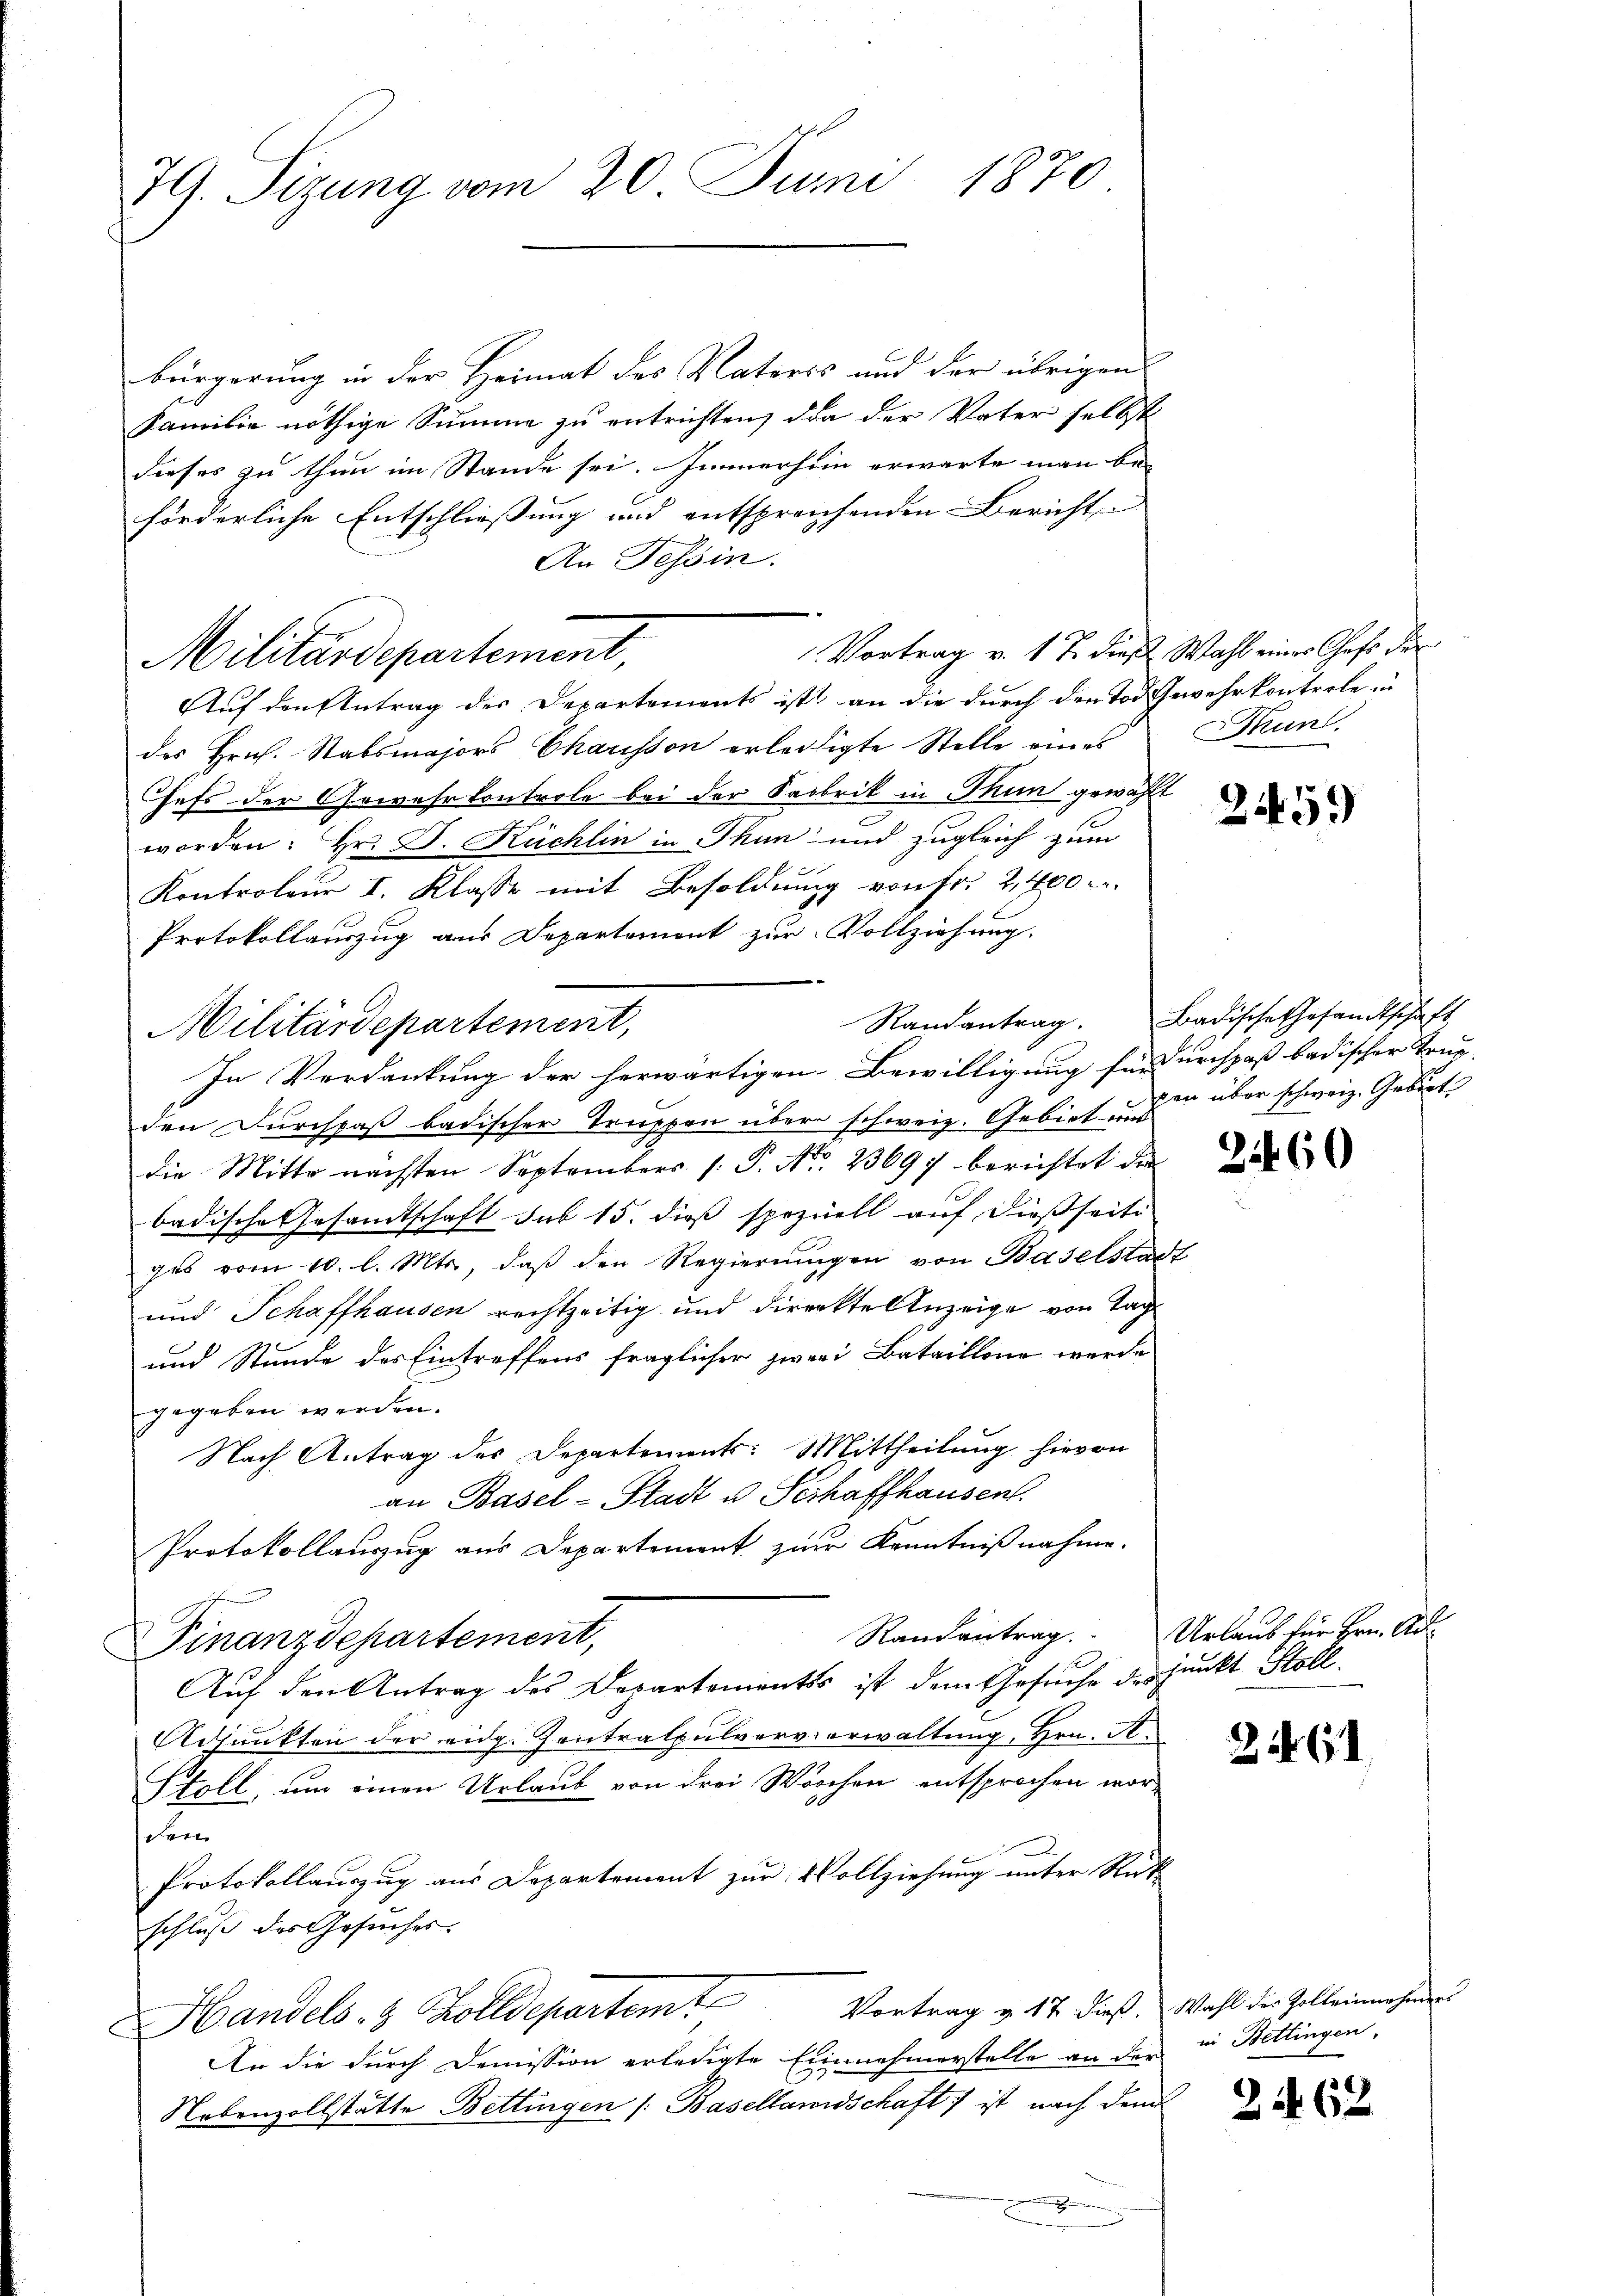
79. Sizung vom 20. Juni 1870

bürgerung in der Heimat des Vateris und der übrigen
Familie nöthige Summe zu entrichten, da der Vater selbst
dieses zu thun im Stande sei. Immerhin erwarte man be-
förderliche Entschließung und entsprechenden Bericht
An Tessin.
Auf den Antrag des Departements ist an die durch den Tod Gewehrkontrole in
des Hrn. Stabsmajors Charisson erledigte Stelle eines Thunl
Chefs der Gewehrkontrole bei der Sabbrik in Thun gewählt
worden: Hr. D. Küchlin in Thun und zugleich zum
l
Kontroleur I. Klasse mit Besoldung von Fr. 2,400
Protokollauszug aus Departement zur Vollziehung.
In Verdankung der herwärtigen Bewilligung für durchpaß badischer Trug-
den Durchpaß badischer Truppen über schweiz. Gebiet und
die Mitte nächsten Septembers /: P. Nr. 23697 berichtet de
badische Gesandtschaft sub 15. dieß speziell auf dießseiti
ges vom 10. l. Mts., daβ den Regierŭngen von Baselstadt
und Schaffhausen rechtzeitig und direckte Anzeige von Tag
und Stunde des Eintreffens fraglicher zwei Bataillone werde
gegeben werden.
Nach Antrag des Departements: Mittheilung hievon
an Basel-Stadt u. Seihaffhausent.
Protokollauszug aus Departement zur Kenntnißnahme.
Randantrag. Urlaub für Hrn. Ad¬
Finanzdepartement,
Auf den Antrag des Departements ist dem Gesuche des junkt Stoll¬
Adjunkten der eidg. Zentralpulververwaltung, Hrn. A.
Stoll, um einen Urlaub von drei Wochen entsprochen worden
Protokollauszug aus Departement zur Vollziehung unter Rück
schluß des Gesuches.
Handels- & Zolldepartem Vortrag v. 17. dieß. Wahl des Zelleinerhin
An die durch Demission erledigte Einnahmerstelle an der
Nebenzollstätte Bettingen /: Basellandschaft ist nach dem
.

Militärdepartement,

Militärdepartement,

Vortrag v. 1 S. diese Wahl eines Chefs der

2459)

Randantrag. Badische Gesandtschaft
pen über schweiz. Gebiet

2460

2

in Bettingen.

2162